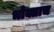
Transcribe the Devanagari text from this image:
भोक्ताच